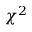
\chi ^ { 2 }